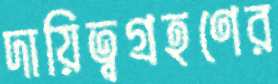
দায়িত্বগ্রহণের